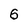
Character: 6